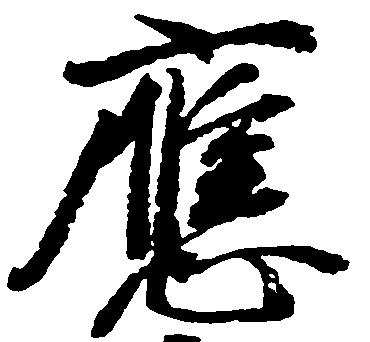
応